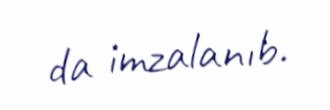
da imzalanıb.